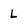
Character: L